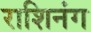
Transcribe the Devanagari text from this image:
राशिनंग